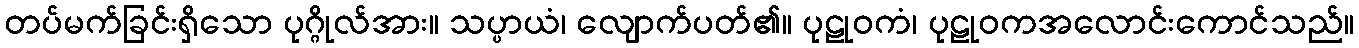
တပ်မက်ခြင်းရှိသော ပုဂ္ဂိုလ်အား။ သပ္ပာယံ၊ လျောက်ပတ်၏။ ပုဠုဝကံ၊ ပုဠုဝကအလောင်းကောင်သည်။